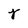
Character: j